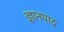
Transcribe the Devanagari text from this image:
ज्ञानपाद